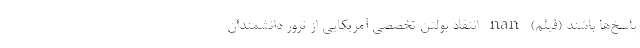
پاسخ‌ها باشند (فیلم) nan انتقاد بولتن تخصصی آمریکایی از ترور دانشمندان